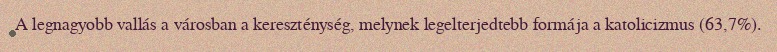
A legnagyobb vallás a városban a kereszténység, melynek legelterjedtebb formája a katolicizmus (63,7%).